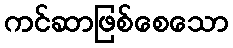
ကင်ဆာဖြစ်စေသော